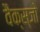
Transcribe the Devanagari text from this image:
वैक्स्जो